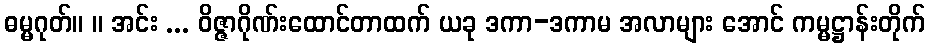
ဓမ္မဂုတ်။ ။ အင်း ... ဝိဇ္ဇာဂိုဏ်းထောင်တာထက် ယခု ဒကာ-ဒကာမ အလာများ အောင် ကမ္မဋ္ဌာန်းတိုက်